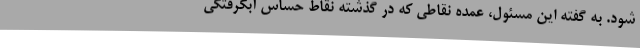
شود. به گفته این مسئول، عمده نقاطی که در گذشته نقاط حساس آبگرفتگی